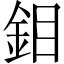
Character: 鉬